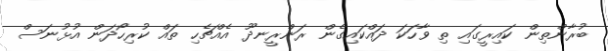
ބުރާންތިން ކައިރީގައި ތި ވާހަކަ ދައްކައިގެން ރަންރީނދޫ އެއްޗެހި ތައް ކުރިހޯދަން އުޅުނަސް